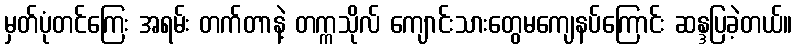
မှတ်ပုံတင်ကြေး အရမ်း တက်တာနဲ့ တက္ကသိုလ် ကျောင်းသားတွေမကျေနပ်ကြောင်း ဆန္ဒပြခဲ့တယ်။